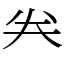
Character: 𠔉